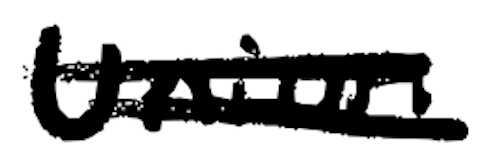
Text: Union
Cross-out: double-line
Writing tool: digital_black